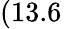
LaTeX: (13.6\